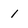
Character: 1